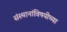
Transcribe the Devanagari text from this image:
संस्थानांविषयीच्या